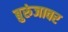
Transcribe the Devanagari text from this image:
बुरुंजावर